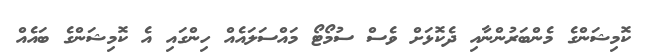
ކޮމިޝަންގެ މެންބަރުންނާއި ދެކޮޅަށް ވެސް ސުމޯޓޯ މައްސަލައެއް ހިންގައި އެ ކޮމިޝަންގެ ބައެއް